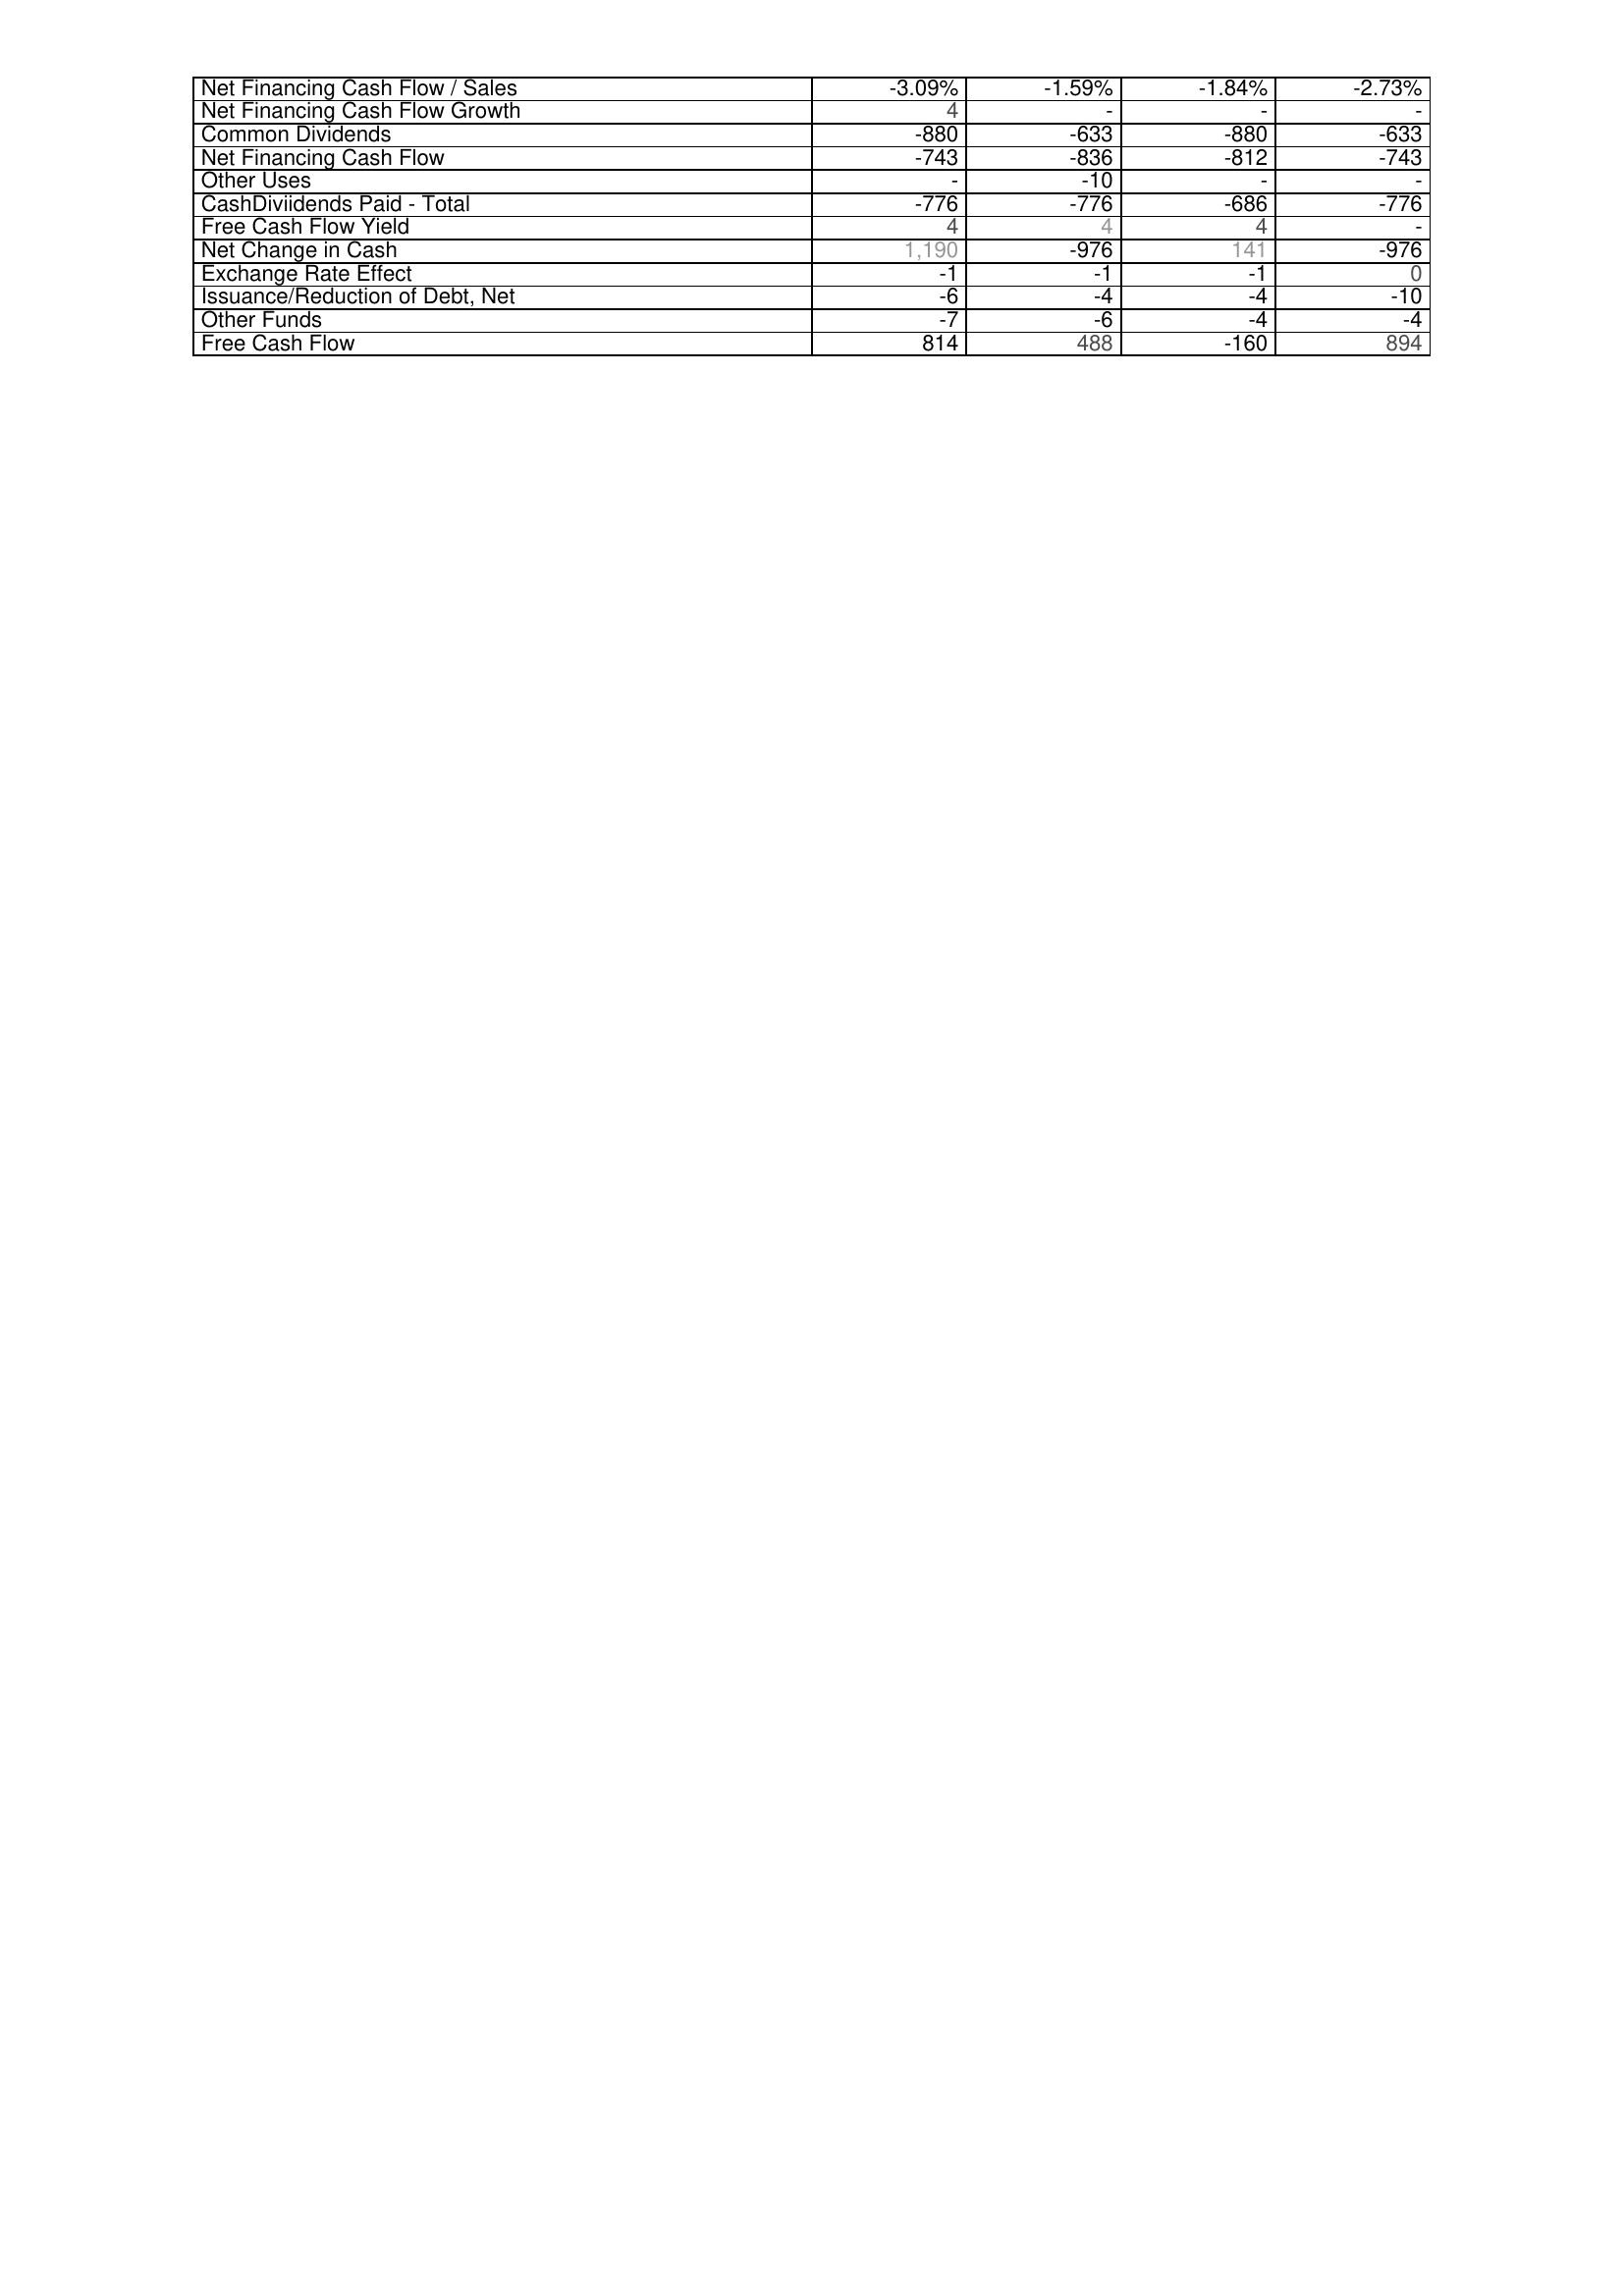
2009: Financing Activities: Net Financing Cash Flow / Sales: -3.09%
Net Financing Cash Flow Growth: 4
Common Dividends: -880
Net Financing Cash Flow: -743
Other Uses: -
CashDiviidends Paid - Total: -776
Free Cash Flow Yield: 4
Net Change in Cash: 1,190
Exchange Rate Effect: -1
Issuance/Reduction of Debt, Net: -6
Other Funds: -7
Free Cash Flow: 814
2008: Financing Activities: Net Financing Cash Flow / Sales: -1.59%
Net Financing Cash Flow Growth: -
Common Dividends: -633
Net Financing Cash Flow: -836
Other Uses: -10
CashDiviidends Paid - Total: -776
Free Cash Flow Yield: 4
Net Change in Cash: -976
Exchange Rate Effect: -1
Issuance/Reduction of Debt, Net: -4
Other Funds: -6
Free Cash Flow: 488
2007: Financing Activities: Net Financing Cash Flow / Sales: -1.84%
Net Financing Cash Flow Growth: -
Common Dividends: -880
Net Financing Cash Flow: -812
Other Uses: -
CashDiviidends Paid - Total: -686
Free Cash Flow Yield: 4
Net Change in Cash: 141
Exchange Rate Effect: -1
Issuance/Reduction of Debt, Net: -4
Other Funds: -4
Free Cash Flow: -160
2006: Financing Activities: Net Financing Cash Flow / Sales: -2.73%
Net Financing Cash Flow Growth: -
Common Dividends: -633
Net Financing Cash Flow: -743
Other Uses: -
CashDiviidends Paid - Total: -776
Free Cash Flow Yield: -
Net Change in Cash: -976
Exchange Rate Effect: 0
Issuance/Reduction of Debt, Net: -10
Other Funds: -4
Free Cash Flow: 894